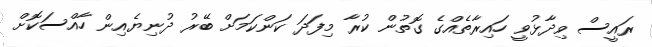
ރައީސް ވިދާޅުވީ ހައިރާތެއްގެ ގޮތުން ކުރާ މިފަދަ ކަންކަމަށް ބޭރު ދުނިޔެއިން ހާއްސަކޮށް